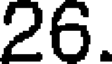
26.